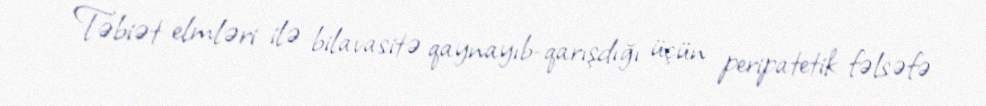
Təbiət elmləri ilə bilavasitə qaynayıb-qarışdığı üçün peripatetik fəlsəfə